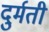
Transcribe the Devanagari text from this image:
दुर्मती